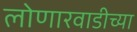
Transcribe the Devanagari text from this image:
लोणारवाडीच्या